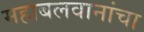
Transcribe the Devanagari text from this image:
महाबलवानांचा